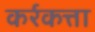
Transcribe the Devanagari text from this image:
कर्रकत्ता